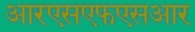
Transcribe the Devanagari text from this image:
आरएसएफएसआर